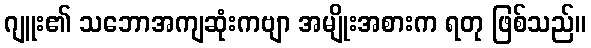
ဂျူး၏ သဘောအကျဆုံးကဗျာ အမျိုးအစားက ရတု ဖြစ်သည်။